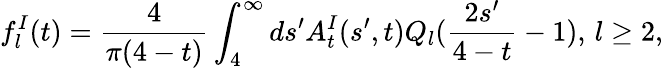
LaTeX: f_{l}^{I}(t)={\frac{4}{\pi(4-t)}}\int_{4}^{\infty}ds^{\prime}A_{t}^{I}(s^{\prime},t)Q_{l}({\frac{2s^{\prime}}{4-t}}-1),\, l\geq 2,